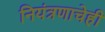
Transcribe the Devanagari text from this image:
नियंत्रणाचेही